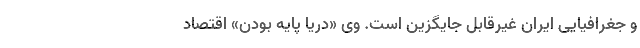
و جغرافیایی ایران غیرقابل جایگزین است. وی «دریا پایه بودن» اقتصاد